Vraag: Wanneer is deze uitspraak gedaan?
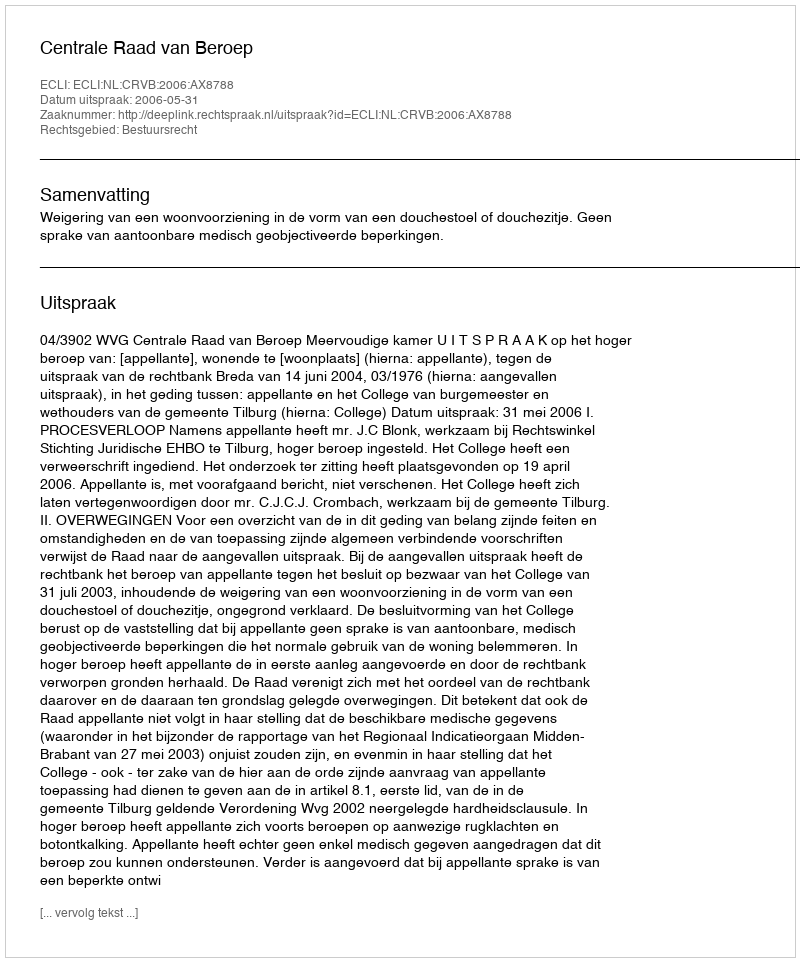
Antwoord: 2006-05-31